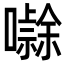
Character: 𭋻